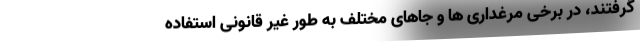
گرفتند، در برخی مرغداری ها و جاهای مختلف به طور غیر قانونی استفاده